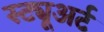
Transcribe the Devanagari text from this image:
स्ट्यूअर्ट